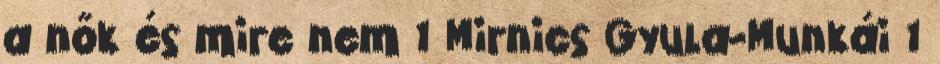
a nők és mire nem 1 Mirnics Gyula-Munkái 1